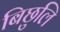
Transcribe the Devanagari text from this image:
बिछुलि